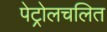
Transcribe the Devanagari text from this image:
पेट्रोलचलित